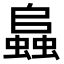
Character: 𧒂